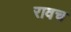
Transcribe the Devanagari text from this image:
रावच